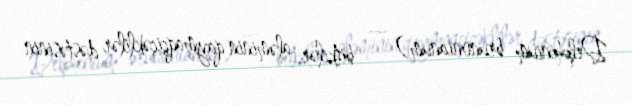
Delphinium brunonianum) — bitkilər aləminin qaymaqçiçəklilər dəstəsinin